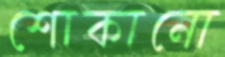
শোকানো